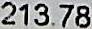
213.78